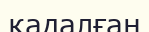
кадалған